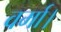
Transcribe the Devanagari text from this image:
वर्मा।